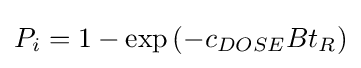
P_{i}=1-\exp \left(-c_{DOSE}Bt_{R}\right)